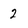
Character: 2